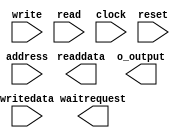

module pid_controller (
	address,
	write,
	writedata,
	read,
	readdata,
	waitrequest,
	clock,
	o_output,
	reset);	

	input	[3:0]	address;
	input		write;
	input	[31:0]	writedata;
	input		read;
	output	[31:0]	readdata;
	output		waitrequest;
	input		clock;
	output	[31:0]	o_output;
	input		reset;
endmodule